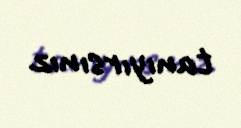
tanıyırsınız.